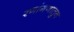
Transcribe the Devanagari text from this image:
रणांगणातुन